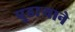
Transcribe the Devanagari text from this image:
पुढार्‍याने